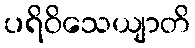
ပရိဝိသေယျာတိ